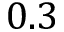
0 . 3